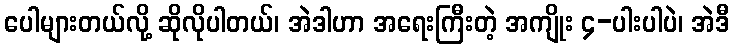
ပေါများတယ်လို့ ဆိုလိုပါတယ်၊ အဲဒါဟာ အရေးကြီးတဲ့ အကျိုး ၄-ပါးပါပဲ၊ အဲဒီ